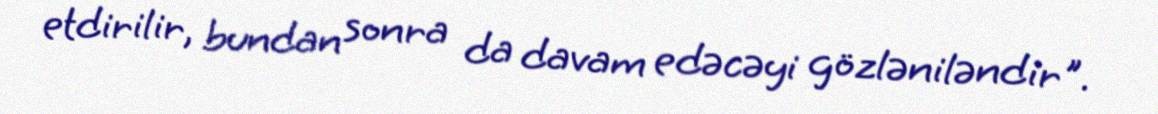
etdirilir, bundan sonra da davam edəcəyi gözləniləndir".